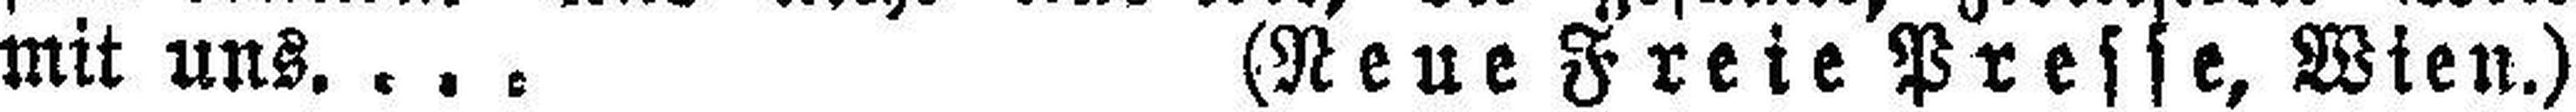
mit uns. ... (Neue Freie Presse, Wien.)